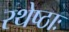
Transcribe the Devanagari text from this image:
रथेष्ठाः